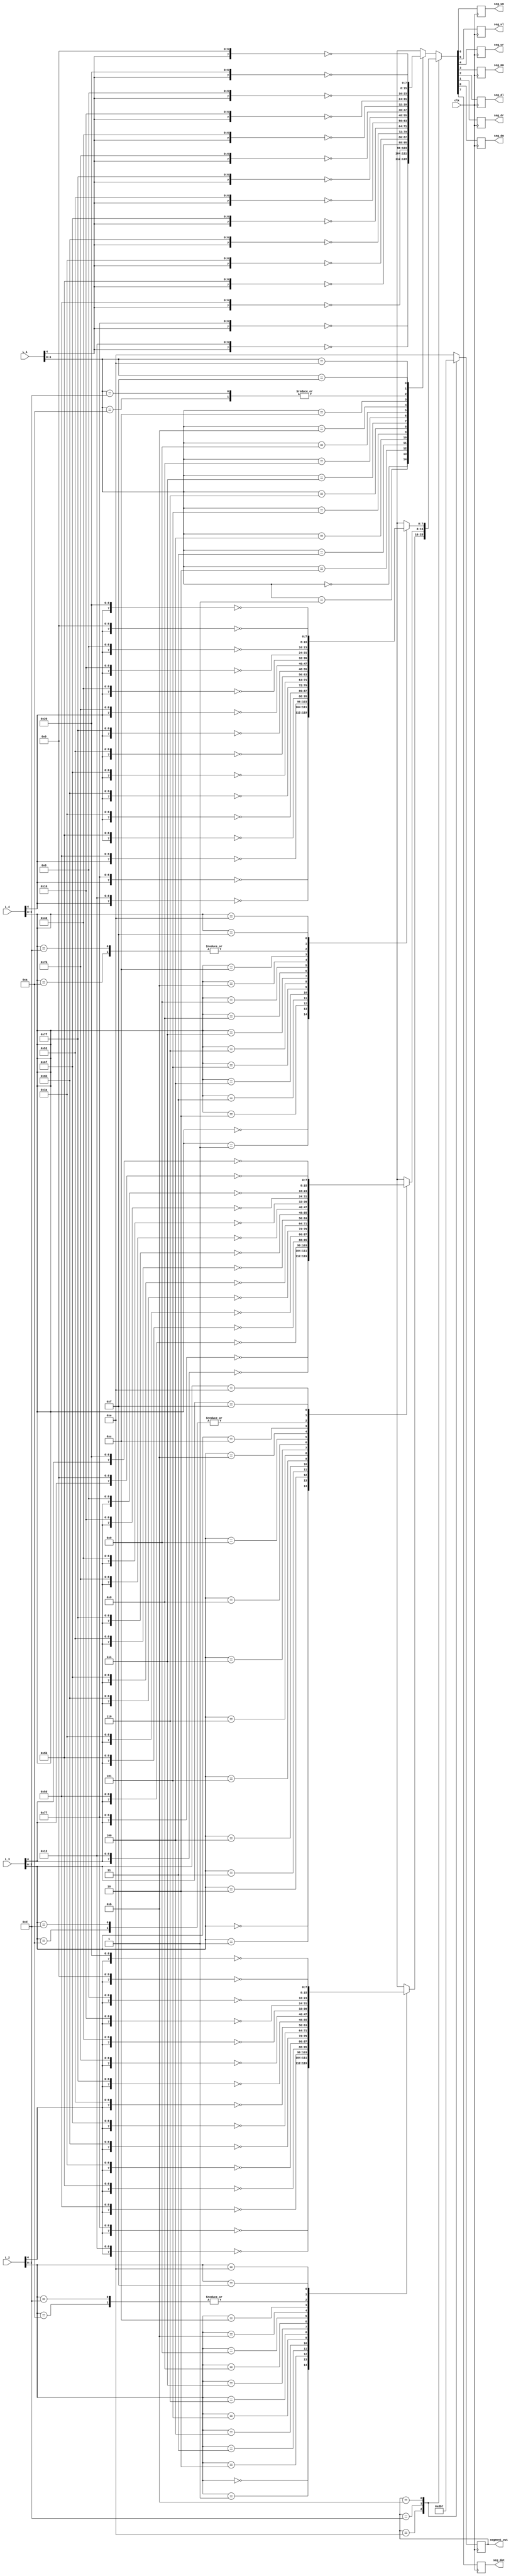
module wyswietlacz_4x7seg(
    input wire clk,                 // zegar (nie mniej, ni 250Hz)
    input wire [4:0] L_1,           // liczba segement 1 (6 bit = kropka)
    input wire [4:0] L_2,           // liczba segement 2 (6 bit = kropka)
    input wire [4:0] L_3,           // liczba segement 3 (6 bit = kropka)
    input wire [4:0] L_4,           // liczba segement 4 (6 bit = kropka)
    output reg [3:0] segment_out,   // wskanik wywietlanej liczby (0-wywietlany, 1-zgaszony)
    output reg seg_um,              // gra, rodek
    output reg seg_ul,              // gra, lewo
    output reg seg_ur,              // gra, prawo
    output reg seg_mm,              // rodek, rodek
    output reg seg_dl,              // d, lewo
    output reg seg_dr,              // d, prawo
    output reg seg_dm,              // dl, rodek
    output reg seg_dot              // kropka
    );
    
    function [7:0]liczbaNAsygnaly;
    input [4:0]liczba;
        begin
            case (liczba[3:0])
                default: liczbaNAsygnaly = ~8'b00000000;       // nic nie wieci
                4'b0000: liczbaNAsygnaly = ~{liczba[4:4],7'b1110111};  // 0
                4'b0001: liczbaNAsygnaly = ~{liczba[4:4],7'b0010010};  // 1
                4'b0010: liczbaNAsygnaly = ~{liczba[4:4],7'b1011101};  // 2
                4'b0011: liczbaNAsygnaly = ~{liczba[4:4],7'b1011011};  // 3
                4'b0100: liczbaNAsygnaly = ~{liczba[4:4],7'b0111010};  // 4
                4'b0101: liczbaNAsygnaly = ~{liczba[4:4],7'b1101011};  // 5
                4'b0110: liczbaNAsygnaly = ~{liczba[4:4],7'b1101111};  // 6
                4'b0111: liczbaNAsygnaly = ~{liczba[4:4],7'b1010010};  // 7
                4'b1000: liczbaNAsygnaly = ~{liczba[4:4],7'b1111111};  // 8
                4'b1001: liczbaNAsygnaly = ~{liczba[4:4],7'b1111011};  // 9
                
                4'b1010: liczbaNAsygnaly = ~{liczba[4:4],7'b0001000};  // -
                4'b1011: liczbaNAsygnaly = ~{liczba[4:4],7'b1000000};  // um
                4'b1100: liczbaNAsygnaly = ~{liczba[4:4],7'b0010000};  // ur
                4'b1101: liczbaNAsygnaly = ~{liczba[4:4],7'b0001000};  // mm
                4'b1110: liczbaNAsygnaly = ~{liczba[4:4],7'b0100000};  // ul
                4'b1111: liczbaNAsygnaly = ~{liczba[4:4],7'b0000000};  // nic
            endcase
         end
    endfunction
    
    
    always @(negedge clk)
        begin
            case (segment_out)
                default: begin segment_out <= ~4'b0001; {seg_dot,seg_um,seg_ul,seg_ur,seg_mm,seg_dl,seg_dr,seg_dm} <= liczbaNAsygnaly(L_1); end // inicjalizacja - pierwszy segment zapalony
                4'b1110: begin segment_out <= ~4'b0010; {seg_dot,seg_um,seg_ul,seg_ur,seg_mm,seg_dl,seg_dr,seg_dm} <= liczbaNAsygnaly(L_2); end // z kadym penym cyklem zmieniamy wywietlany segment
                4'b1101: begin segment_out <= ~4'b0100; {seg_dot,seg_um,seg_ul,seg_ur,seg_mm,seg_dl,seg_dr,seg_dm} <= liczbaNAsygnaly(L_3); end // z kadym penym cyklem zmieniamy wywietlany segment
                4'b1011: begin segment_out <= ~4'b1000; {seg_dot,seg_um,seg_ul,seg_ur,seg_mm,seg_dl,seg_dr,seg_dm} <= liczbaNAsygnaly(L_4); end // z kadym penym cyklem zmieniamy wywietlany segment
                4'b0111: begin segment_out <= ~4'b0001; {seg_dot,seg_um,seg_ul,seg_ur,seg_mm,seg_dl,seg_dr,seg_dm} <= liczbaNAsygnaly(L_1); end // ustawiamy wyswietlany segment na pierwszy 
            endcase
        end
        
endmodule